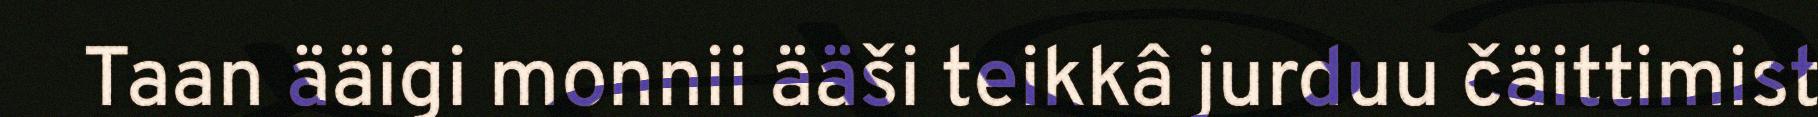
Taan ääigi monnii ääši teikkâ jurduu čäittimist